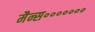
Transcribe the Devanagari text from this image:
मैन्स॰॰॰॰॰॰॰